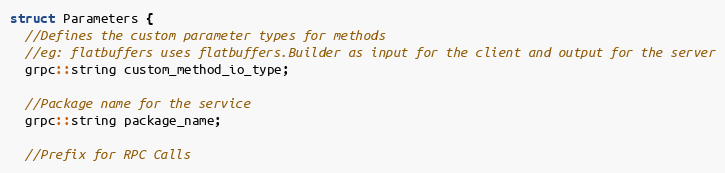
Language: C
struct Parameters {
  //Defines the custom parameter types for methods
  //eg: flatbuffers uses flatbuffers.Builder as input for the client and output for the server
  grpc::string custom_method_io_type;

  //Package name for the service
  grpc::string package_name;

  //Prefix for RPC Calls